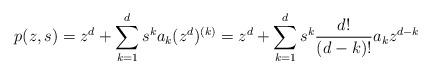
LaTeX: \begin{align*}p(z,s) = z^d +\sum_{k=1}^d s^k a_k(z^d)^{(k)} = z^d +\sum_{k=1}^d s^k\frac{d!}{(d-k)!}a_k z^{d-k}\end{align*}